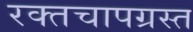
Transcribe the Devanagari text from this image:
रक्तचापग्रस्त